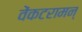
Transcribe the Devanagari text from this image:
वेंकटरामन्